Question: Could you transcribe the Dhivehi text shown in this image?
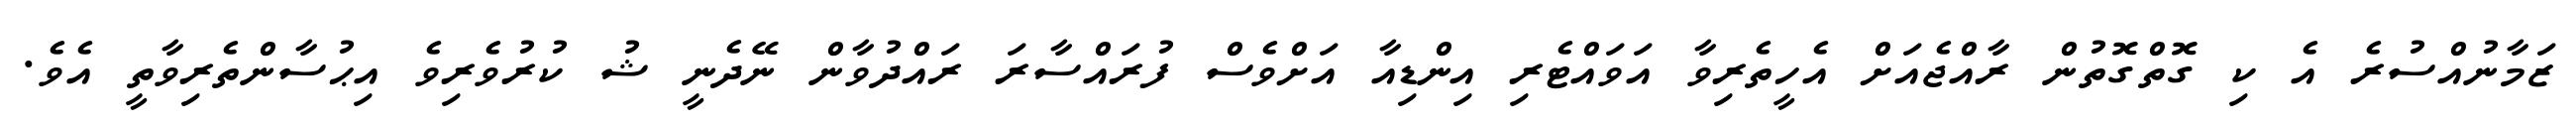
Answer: ޒަމާނުއްސުރެ އެ ކި ގޮތްގޮތުން ރާއްޖެއަށް އެހީތެރިވާ އަވައްޓެރި އިންޑިއާ އަށްވެސް ފުރައްސާރަ ރައްދުވާން ނޭދެނީ ޝު ކުރުވެރިވެ އިޙުސާންތެރިވާތީ އެވެ.